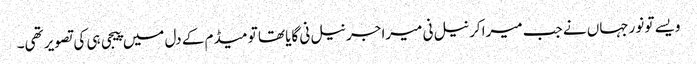
ویسے تو نورجہاں نے جب میرا کرنیل نی میرا جرنیل نی گایا تھا تو میڈم کے دل میں پیجی ہی کی تصویر تھی۔